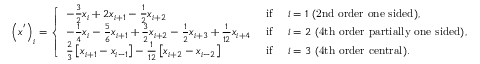
\left( x ^ { ' } \right) _ { i } = \left\{ \begin{array} { l l } { - \frac { 3 } { 2 } x _ { i } + 2 x _ { i + 1 } - \frac { 1 } { 2 } x _ { i + 2 } } & { \mathrm { ~ i f ~ } \quad i = 1 \mathrm { ~ ( 2 n d ~ o r d e r ~ o n e ~ s i d e d ) } , } \\ { - \frac { 1 } { 4 } x _ { i } - \frac { 5 } { 6 } x _ { i + 1 } + \frac { 3 } { 2 } x _ { i + 2 } - \frac { 1 } { 2 } x _ { i + 3 } + \frac { 1 } { 1 2 } x _ { i + 4 } } & { \mathrm { ~ i f ~ } \quad i = 2 \mathrm { ~ ( 4 t h ~ o r d e r ~ p a r t i a l l y ~ o n e ~ s i d e d ) } , } \\ { \frac { 2 } { 3 } \left[ x _ { i + 1 } - x _ { i - 1 } \right] - \frac { 1 } { 1 2 } \left[ x _ { i + 2 } - x _ { i - 2 } \right] } & { \mathrm { ~ i f ~ } \quad i = 3 \mathrm { ~ ( 4 t h ~ o r d e r ~ c e n t r a l ) } . } \end{array} \right.